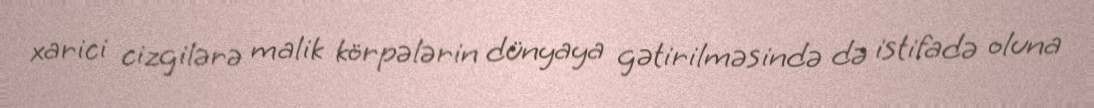
xarici cizgilərə malik körpələrin dünyaya gətirilməsində də istifadə oluna